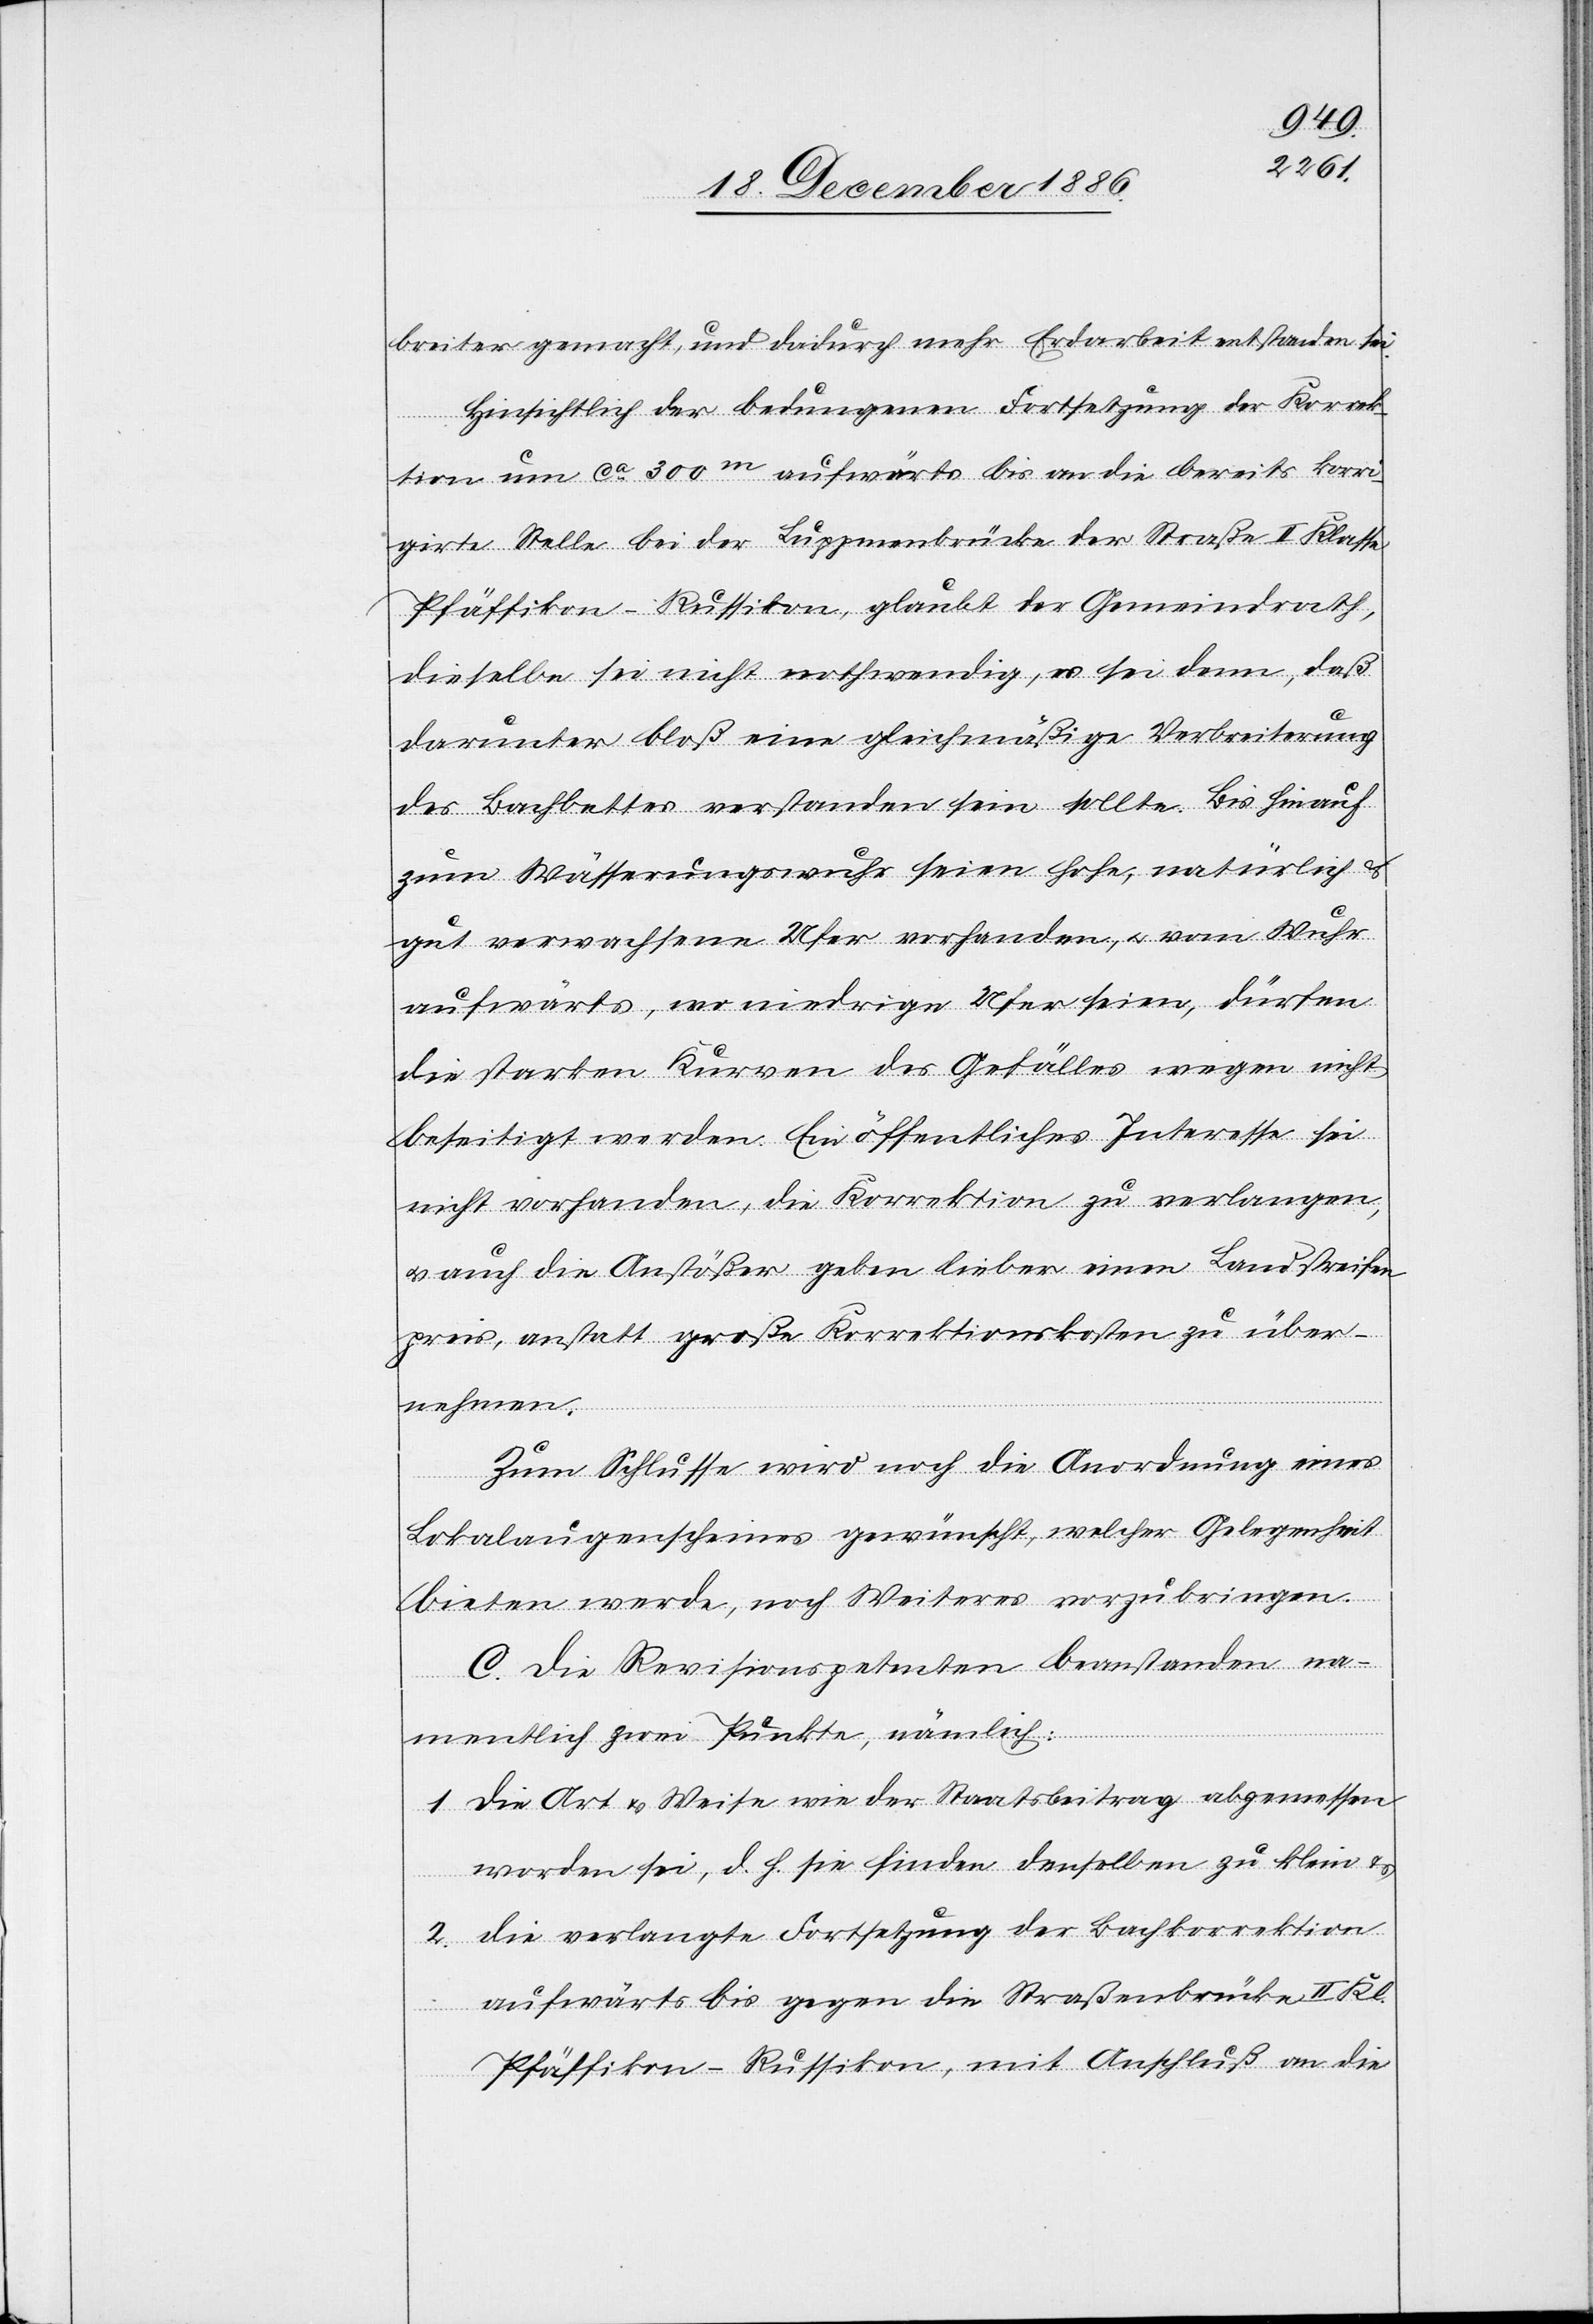
breiter gemacht, und dadurch mehr Erdarbeit entstanden sei.
Hinsichtlich der bedungenen Fortsetzung der Korrek¬
tion um ca 300m aufwärts bis an die bereits korri¬
girte Stelle bei der Luppmenbrücke der Straße II Klasse
Pfäffikon–Russikon, glaubt der Gemeindrath,
dieselbe sei nicht nothwendig, es sei denn, daß
darunter bloß eine gleichmäßige Verbreiterung
des Bachbettes verstanden sein sollte. Bis hinauf
zum Wässerungswuhr seien hohe, natürlich &
gut verwachsene Ufer vorhanden, & vom Wuhr
aufwärts, wo niedrige Ufer seien, dürfen
die starken Kurven des Gefälles wegen nicht
beseitigt werden. Ein öffentliches Interesse sei
nicht vorhanden, die Korrektion zu verlangen,
& auch die Anstößer geben lieber einen Landstreifen
preis, anstatt große Korrektionskosten zu über¬
nehmen.
Zum Schlusse wird noch die Anordnung eines
Lokalaugenscheines gewünscht, welcher Gelegenheit
bieten werde, noch Weiteres vorzubringen.
C. Die Revisionspetenten beanstanden na¬
mentlich zwei Punkte, nämlich:
1. die Art & Weise wie der Staatsbeitrag abgemessen
worden sei, d. h. sie finden denselben zu klein &
2. die verlangte Fortsetzung der Bachkorrektion
aufwärts bis gegen die Straßenbrücke II Kl.
Pfäffikon–Russikon, mit Anschluß an die